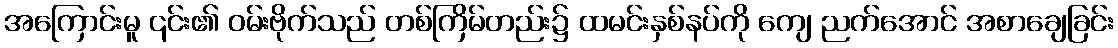
အကြောင်းမူ ၎င်း၏ ဝမ်းဗိုက်သည် တစ်ကြိမ်တည်း၌ ထမင်းနှစ်နပ်ကို ကျေ ညက်အောင် အစာချေခြင်း